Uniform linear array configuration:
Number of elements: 12
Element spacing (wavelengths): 1
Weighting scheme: exponential
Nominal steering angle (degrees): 0
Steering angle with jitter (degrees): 0.8181
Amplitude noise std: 0.05
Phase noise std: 0.05

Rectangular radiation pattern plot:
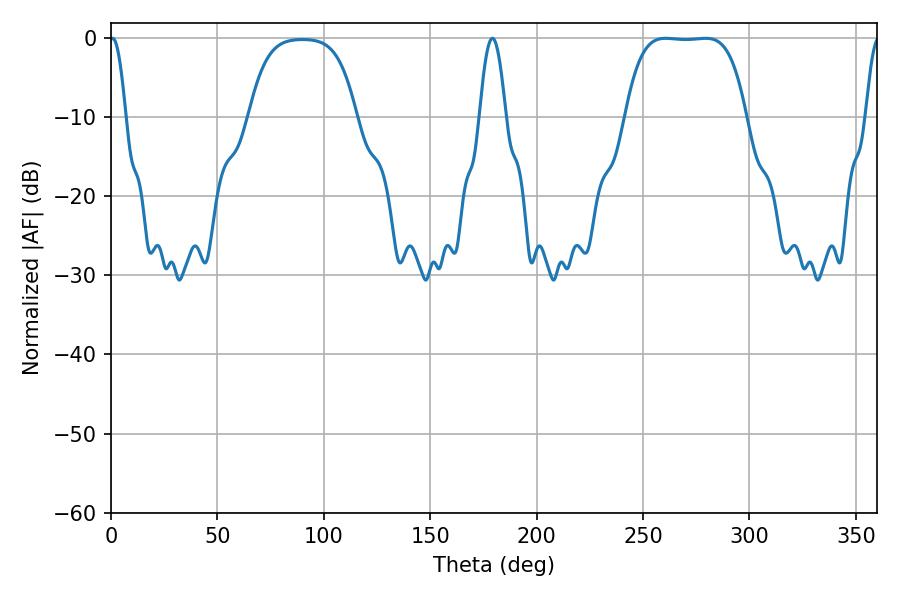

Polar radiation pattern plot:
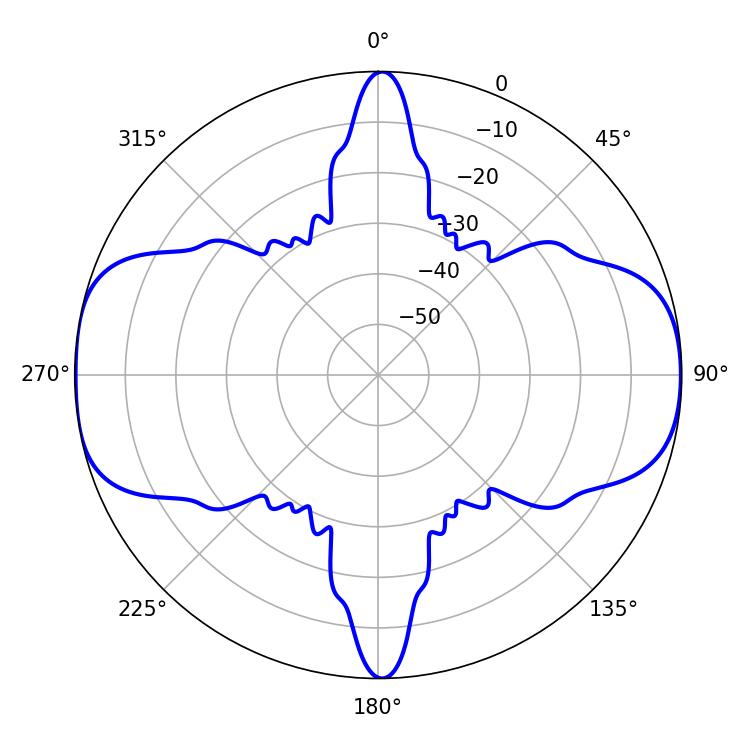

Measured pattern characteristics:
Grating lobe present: TRUE
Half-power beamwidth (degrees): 43.56
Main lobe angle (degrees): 260.64